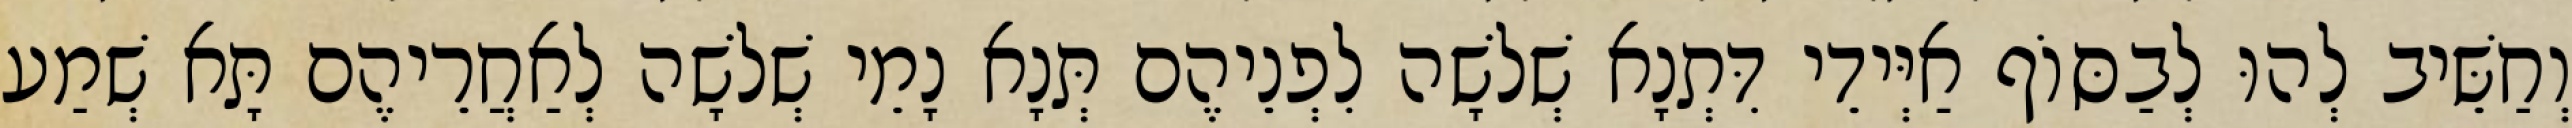
וְחַשֵּׁיב לְהוּ לְבַסּוֹף אַיְּידֵי דִּתְנָא שְׁלֹשָׁה לִפְנֵיהֶם תְּנָא נָמֵי שְׁלֹשָׁה לְאַחֲרֵיהֶם תָּא שְׁמַע